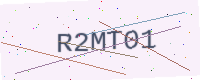
Text: R2MT01